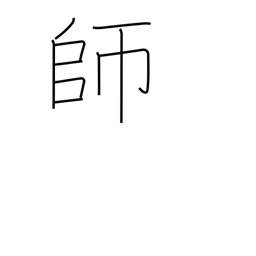
Meaning: teacher